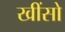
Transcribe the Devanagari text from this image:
खींसो